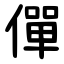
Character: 僤